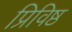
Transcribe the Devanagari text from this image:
प्रिविष्ठ